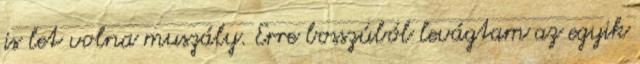
is let volna muszály. Erre bosszúból levágtam az egyik